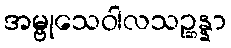
အမ္ဗုသေဝါလသဉ္ဆန္နာ